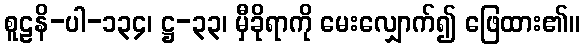
စူဠနိ-ပါ-၁၃၄၊ ဋ္ဌ-၃၃၊ မှီခိုရာကို မေးလျှောက်၍ ဖြေထား၏။